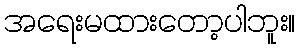
အရေးမထားတော့ပါဘူး။